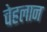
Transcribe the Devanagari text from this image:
चेहलान